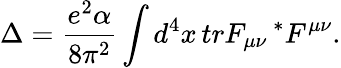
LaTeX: \Delta=\frac{e^{2}\alpha}{8\pi^{2}}\int d^{4}x\, trF_{\mu\nu}\, ^{*}F^{\mu\nu}.